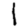
Digit: 1